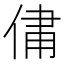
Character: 𫢻